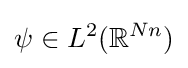
\psi \in L^{2}(\mathbb {R} ^{Nn})